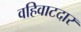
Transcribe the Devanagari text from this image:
वहिवाटदार